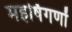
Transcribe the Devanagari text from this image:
महर्षिगणों